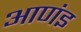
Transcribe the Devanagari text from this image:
आणंइ